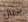
حبال